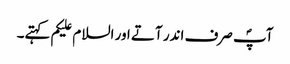
آپؐ صرف اندر آتے اور السلام علیکم کہتے۔